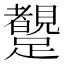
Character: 𨇜